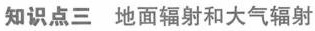
知识点三 地面辐射和大气辐射